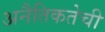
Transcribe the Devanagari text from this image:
अनैतिकतेची